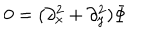
0 = ( \partial _ { x } ^ { 2 } + \partial _ { y } ^ { 2 } ) \Phi